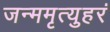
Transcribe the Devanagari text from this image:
जन्ममृत्युहरं